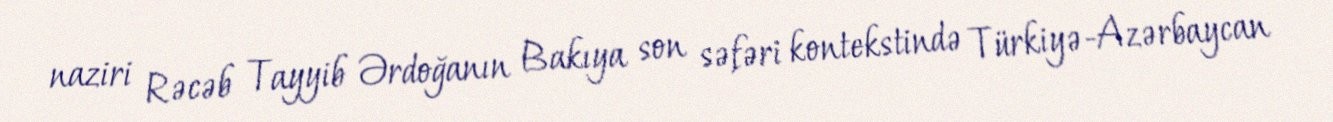
naziri Rəcəb Tayyib Ərdoğanın Bakıya son səfəri kontekstində Türkiyə-Azərbaycan